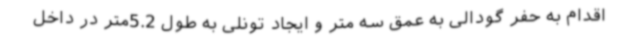
اقدام به حفر گودالی به عمق سه متر و ایجاد تونلی به طول 5.2متر در داخل